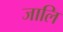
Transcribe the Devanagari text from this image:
जालि